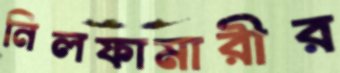
নিলফামারীর